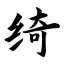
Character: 绮